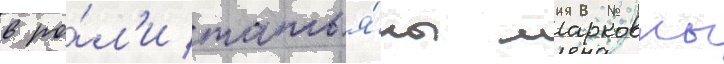
в ро́л'и татья́ны марковны